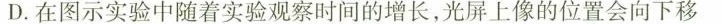
D.在图示实验中随着实验观察时间的增长，光屏上像的位置会向下移